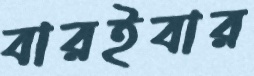
বারইবার